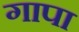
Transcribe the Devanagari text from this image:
गापा